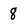
Character: 8